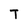
Character: T